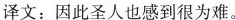
译文：因此圣人也感到很为难。